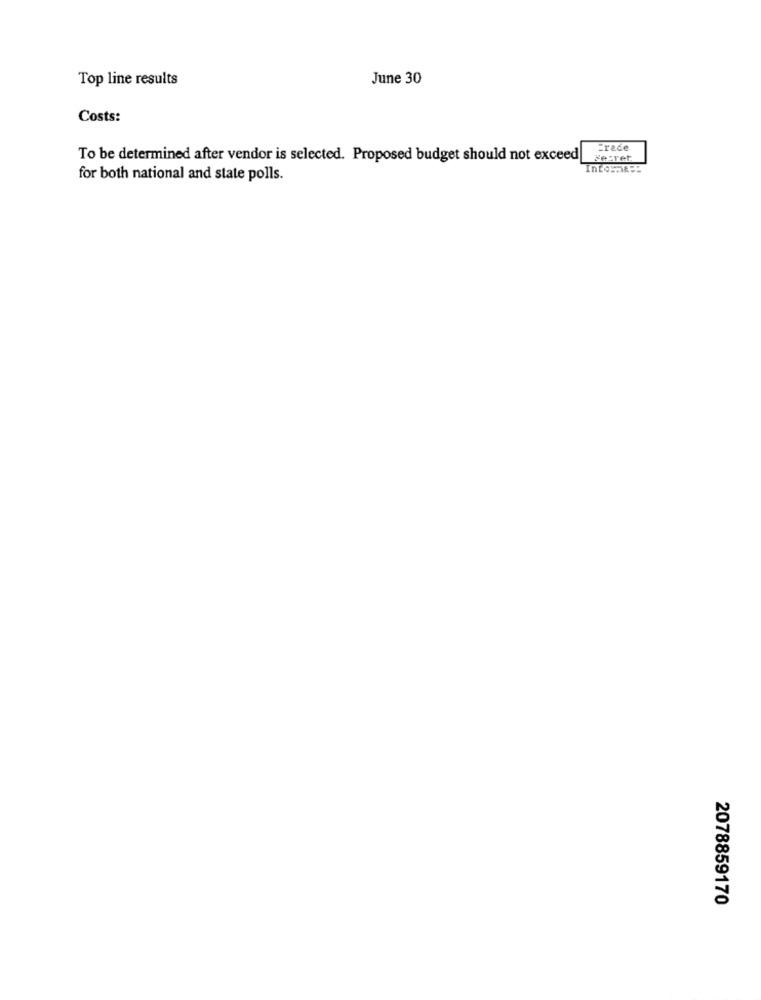
Top line results
June 30
Costs:
Erede
To be determined after vendor is selected. Proposed budget should not exceed
Secret
for both national and state polls.
2078859170